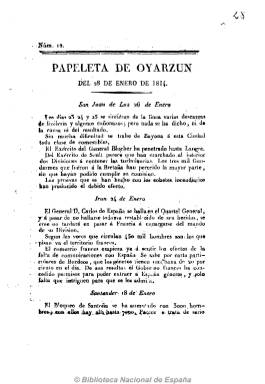
Título: Papeleta de Oyarzun
Colección: Periódicos anteriores a 1850
Ámbito geográfico: Guipúzcoa
Lugar de publicación: Oyarzun (Guipúzcoa)
Fechas: 28/01/1814-01/04/1814

Es continuación de Pliego anual de Oyarzun, que había empezado a publicarse a finales de 1813. De periodicidad semanal, sale ya con el pie de imprenta de Ignacio Ramón de Baroxa, con dos o cuatro páginas. Incluye “noticias extranjeras” sobre los sucesos de la guerra napoleónica, especialmente relativos al sur de Francia, y noticias del valle de Oryarzun y Cantabria.

Gómez Imaz dice haber visto también los números 15 (11 feb.) y 29 (13 mayo). La Biblioteca Provincial de Vizcaya conserva el número 30 (19 mayo), de dos páginas.